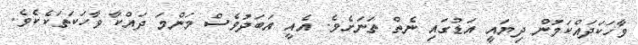
ވާހަކަދައްކަމުން ދިޔައީ އަޑުގައި ނެތް ތަނަށެވެ. އެއީ އަބަދުވެސް މަންމަ ދައްކާ ވާހަކަތަކެކެވެ.